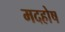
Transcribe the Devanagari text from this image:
मदहोष